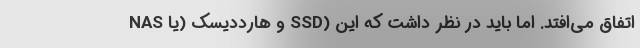
NAS و هارددیسک (یا SSD) اتفاق می‌افتد. اما باید در نظر داشت که این